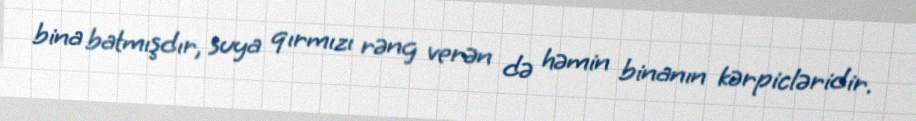
bina batmışdır, suya qırmızı rəng verən də həmin binanın kərpicləridir.